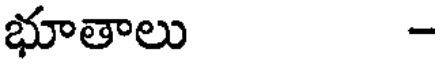
భూతాలు -